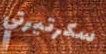
سكرتيرتي